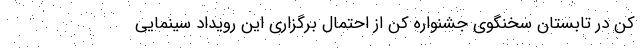
کن در تابستان سخنگوی جشنواره کن از احتمال برگزاری این رویداد سینمایی